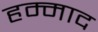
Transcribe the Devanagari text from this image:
हम्माद